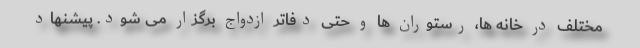
مختلف در خانه ها، رستوران ها و حتی دفاتر ازدواج برگزار می شود. پیشنهاد